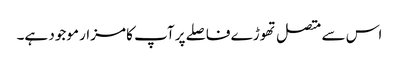
اس سے متصل تھوڑے فاصلے پر آپ کا مزار موجود ہے۔